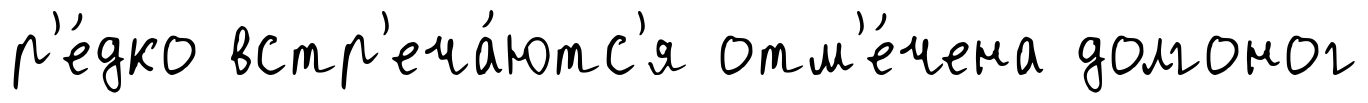
р'е́дко встр'еча́ютс'я отм'е́чена долгоног